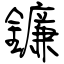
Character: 鐮